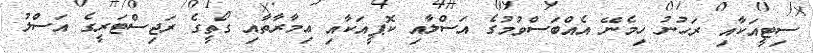
ސިޓީއަކާއި ރަހުނު ހިމެނޭ އެއްބަސްވުމުގެ އަސްލާއި ކޮޕީއަކާއި ޢިމާރާތާއި ގޯތީގެ ރަޖިސްޓަރީގެ އަސްލު